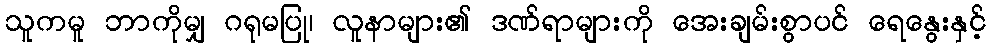
သူကမူ ဘာကိုမျှ ဂရုမပြု၊ လူနာများ၏ ဒဏ်ရာများကို အေးချမ်းစွာပင် ရေနွေးနှင့်